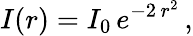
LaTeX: I(r)=I_{0}\, e^{-2\, r^{2}}\, ,